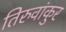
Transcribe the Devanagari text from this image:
तिरुवांकुर